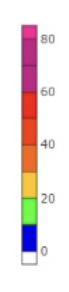
Blue: 0 to 10
Green: 10 to 20
Yellow: 20 to 30
Orange: 30 to 40
Dark Orange: 40 to 50
Red: 50 to 60
Magenta: 60 to 80
Pink: 80 to 85